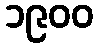
၁၉၀၀